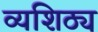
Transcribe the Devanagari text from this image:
व्यशिठ्य